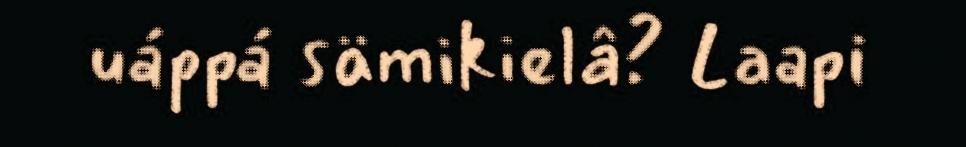
uáppá sämikielâ? Laapi